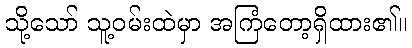
သို့သော် သူ့ဝမ်းထဲမှာ အကြံတော့ရှိထား၏။